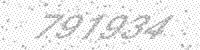
Solution: 791934